Vaccination in the Punjab 1919-1929 - 1919-1929
Year: 1919
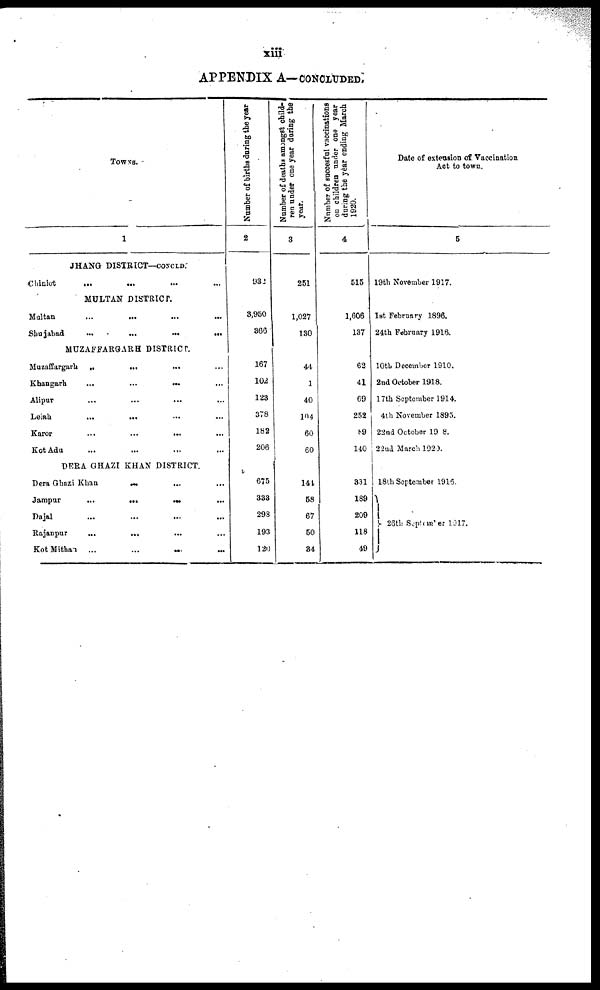
xiii
APPENDIX A—CONCLUDED.
TOWNS
1
JHANG DISTRICT—CONCLD.
Chiniot
...
... ... ...
MULTAN DISTRICT.
Multan
...
... ... ...
Shajabad
...
...
...
...
MUZAFFARGARH DISTRICT.
Muzaffargarh
...
...
... ...
Khangarh
...
...
... ...
Alipur ... ... ... ...
Leiah
...
... ... ...
Karor
...
...
... ...
Kot Adu ... ... ... ...
DERA GHAZI KHAN DISTRICT.
Dera Ghazi Khan
... ... ...
Jampur
...
...
...
...
Dajal ... ... ... ...
Rajanpur
...
... ... ...
Kot Mithan
...
...
...
...
Number of births during the year
2
932
3,950
366
167
102
123
378
182
206
675
333
298
193
120
Number of deaths amongst child-
ren under one year during the
year.
3
251
1,027
130
44
1
40
104
60
60
144
58
67
50
34
Number of succesful vaccinations
on children under one year
during the year ending March
1920.
4
515
1,606
137
62
41
69
252
89
140
331
189
209
118
49
Date of extension of Vaccination
Act to town.
5
19th November 1917.
1st February 1896.
24th February 1916.
10th December 1910.
2nd October 1918.
17th September 1914.
4th November 1895.
22nd October 1998.
22nd March 1920.
18th September 1916.
26th September 1917.